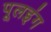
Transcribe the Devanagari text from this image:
पूलइंग